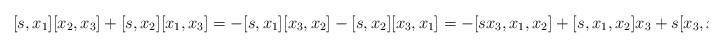
LaTeX: \begin{align*}[s, x_1] [x_2, x_3] + [s, x_2][x_1, x_3] = - [s, x_1] [x_3, x_2] - [s, x_2][x_3, x_1] = - [s x_3 , x_1, x_2] + [s , x_1, x_2] x_3 + s [x_3, x_1, x_2] .\end{align*}